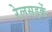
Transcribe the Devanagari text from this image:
रेलसड़कें